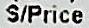
S/PRICE